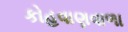
કોહવાણવાળા